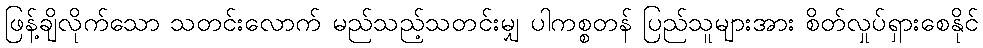
ဖြန့်ချိလိုက်သော သတင်းလောက် မည်သည့်သတင်းမျှ ပါကစ္စတန် ပြည်သူများအား စိတ်လှုပ်ရှားစေနိုင်